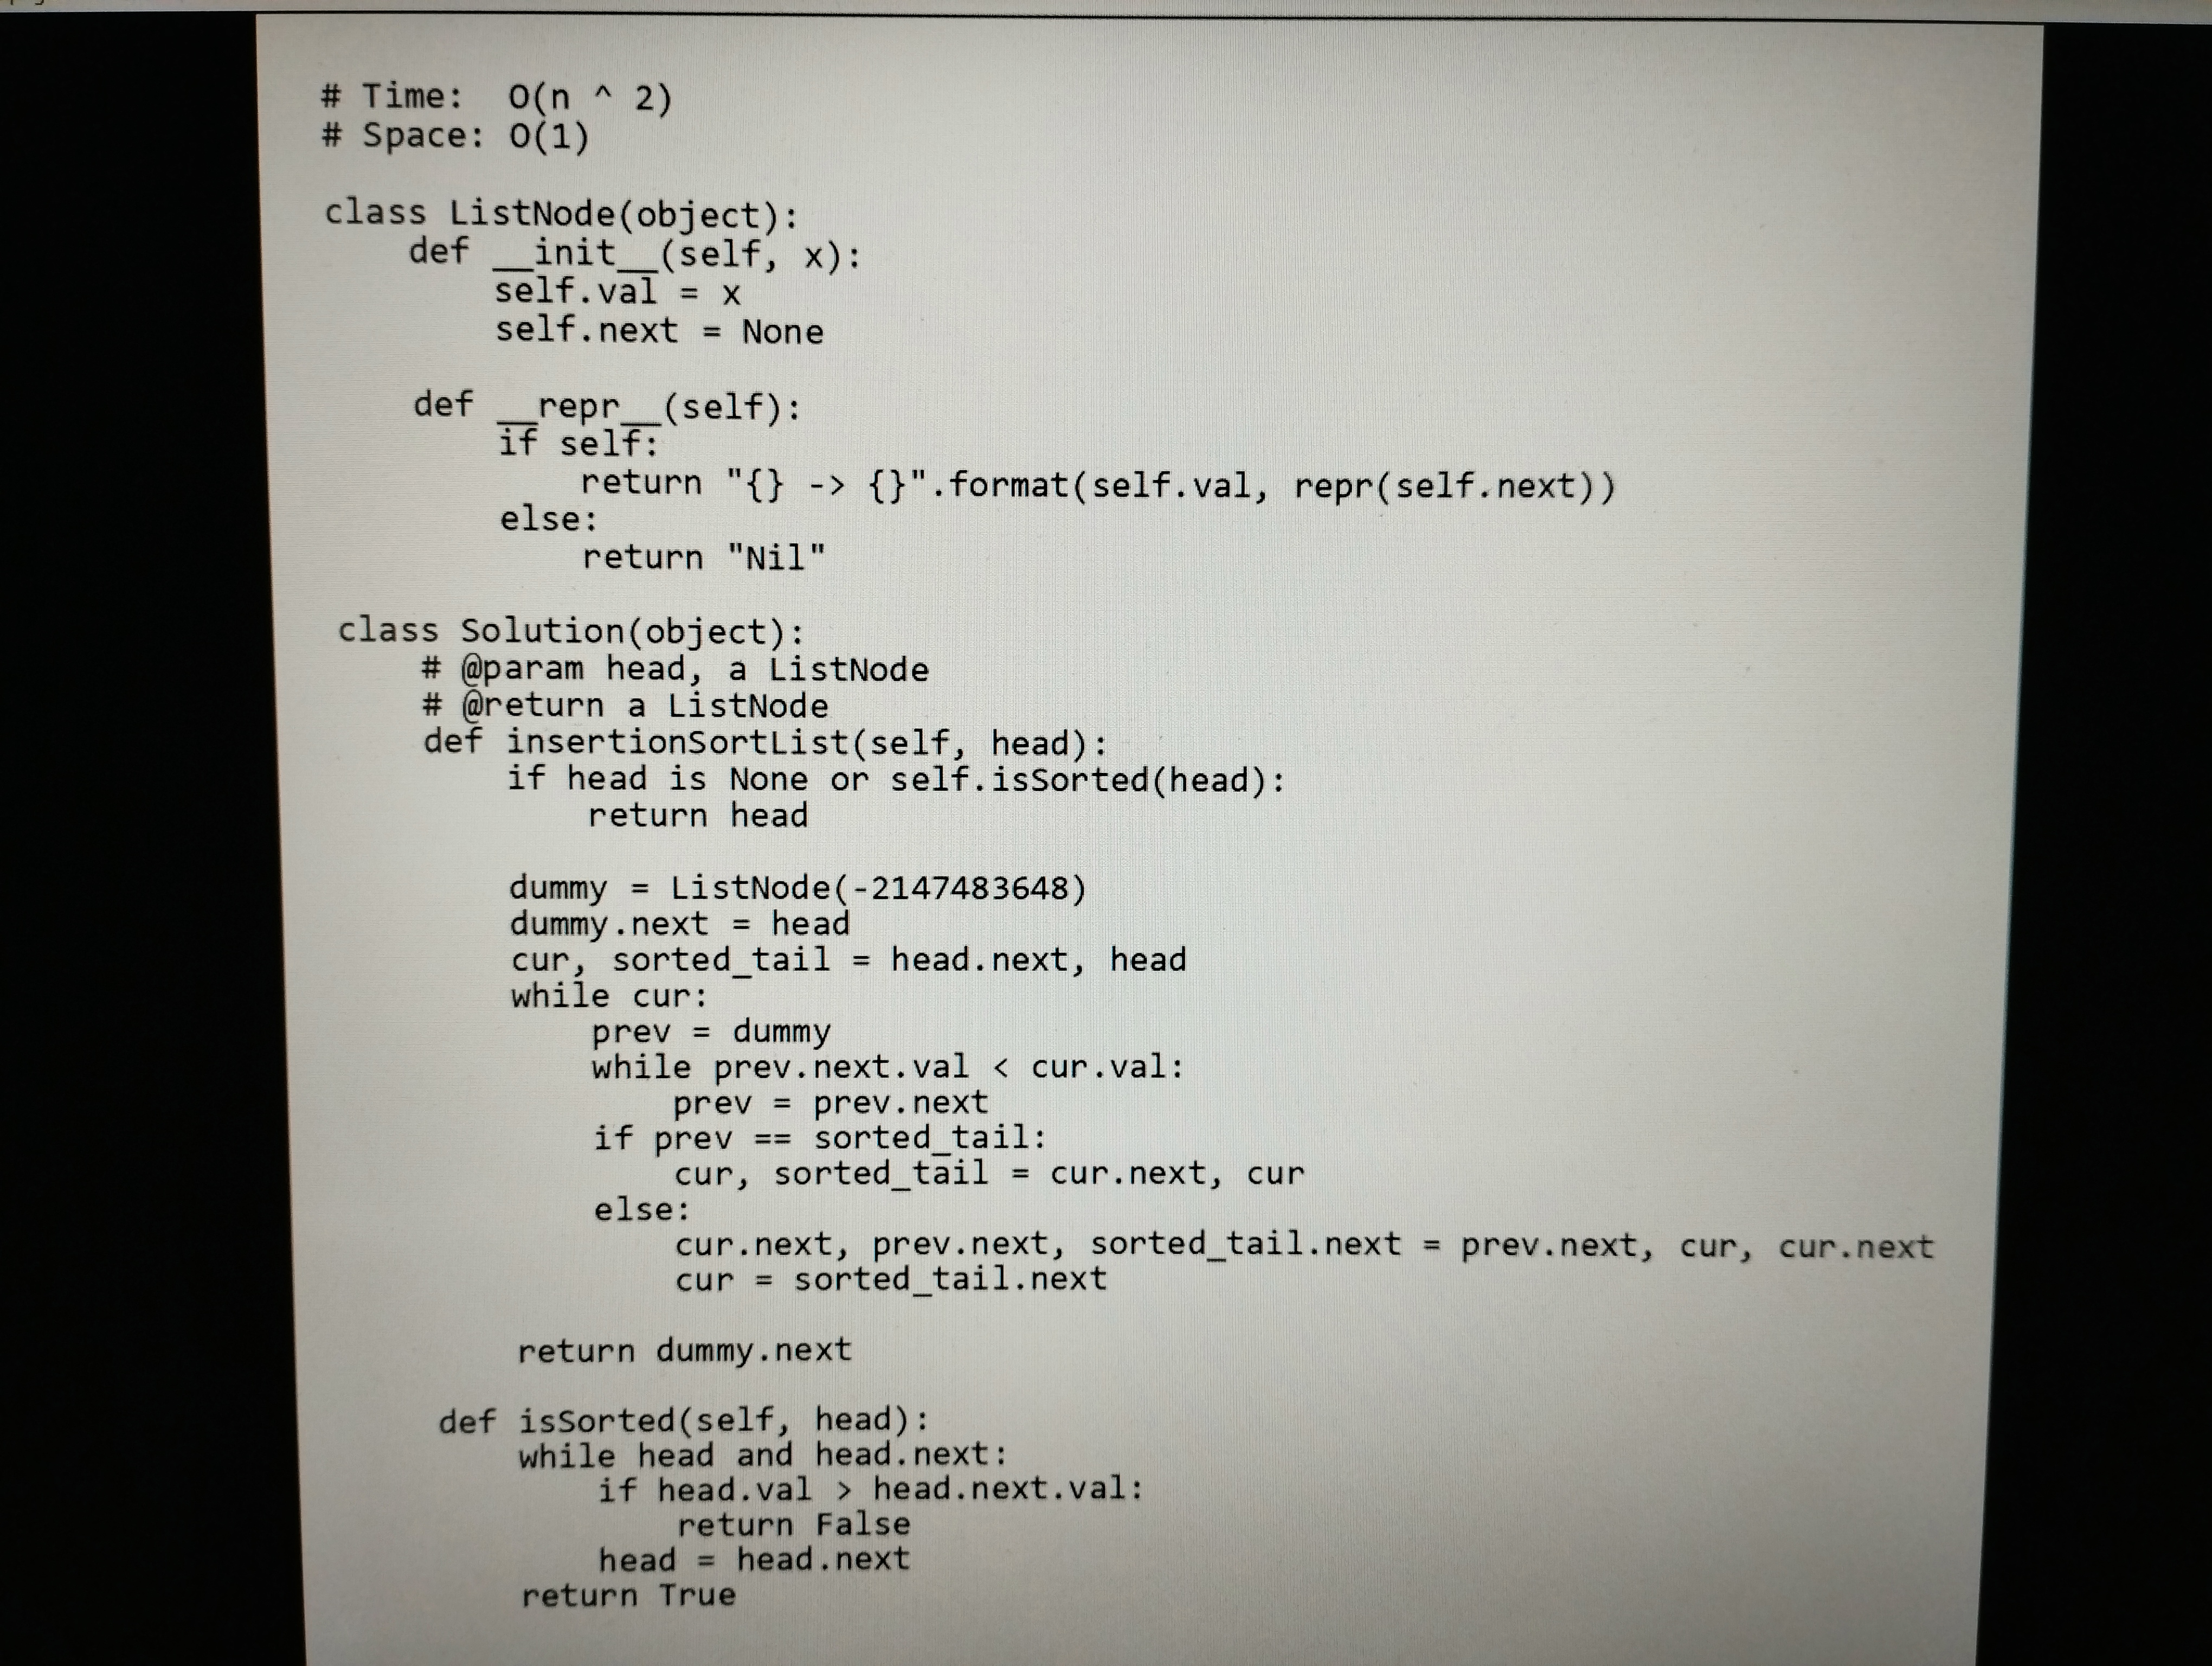
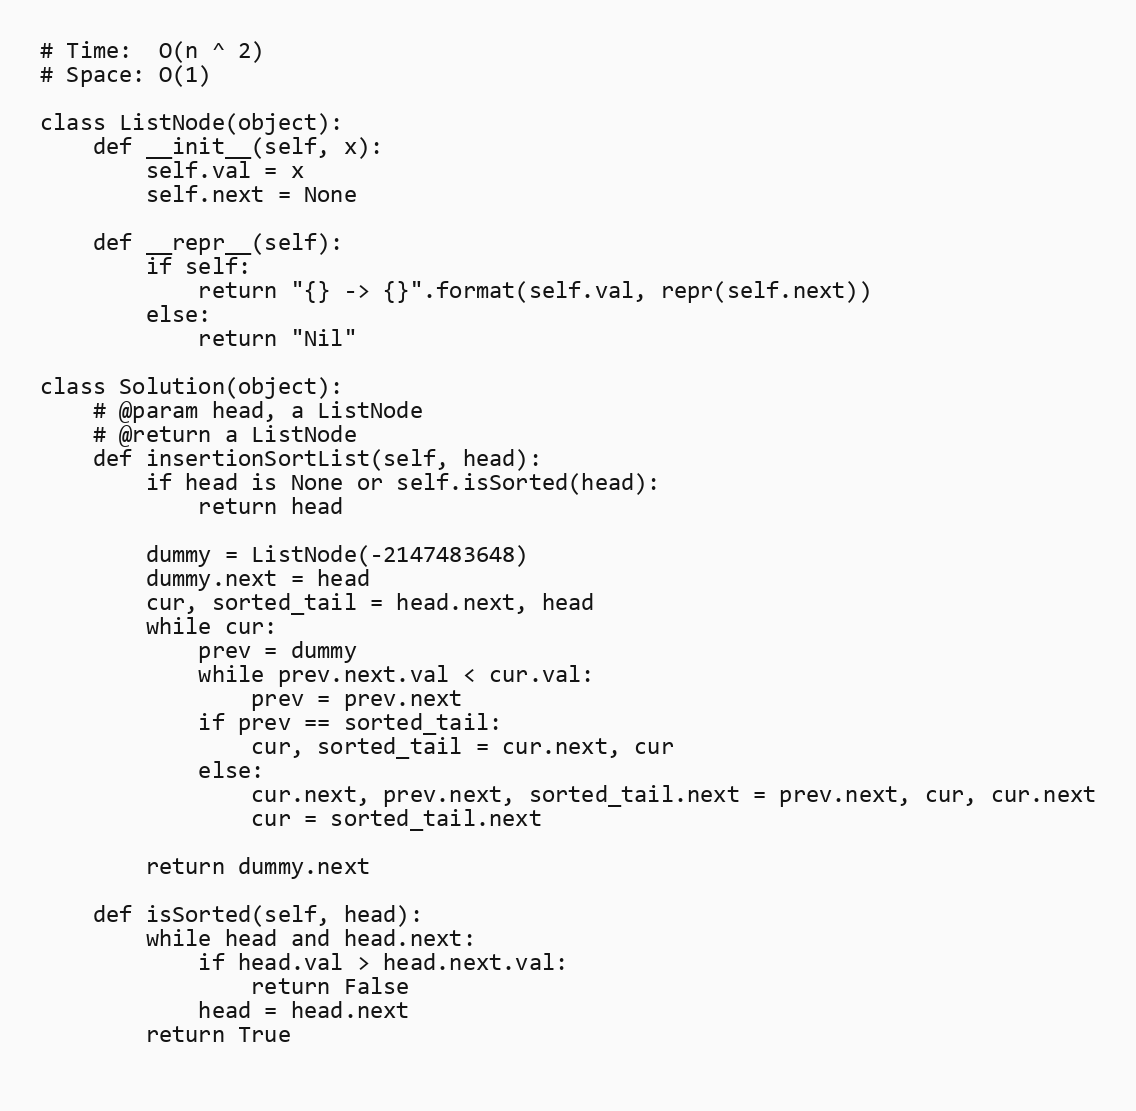
# Time:  O(n ^ 2)
# Space: O(1)

class ListNode(object):
    def __init__(self, x):
        self.val = x
        self.next = None

    def __repr__(self):
        if self:
            return "{} -> {}".format(self.val, repr(self.next))
        else:
            return "Nil"

class Solution(object):
    # @param head, a ListNode
    # @return a ListNode
    def insertionSortList(self, head):
        if head is None or self.isSorted(head):
            return head

        dummy = ListNode(-2147483648)
        dummy.next = head
        cur, sorted_tail = head.next, head
        while cur:
            prev = dummy
            while prev.next.val < cur.val:
                prev = prev.next
            if prev == sorted_tail:
                cur, sorted_tail = cur.next, cur
            else:
                cur.next, prev.next, sorted_tail.next = prev.next, cur, cur.next
                cur = sorted_tail.next

        return dummy.next

    def isSorted(self, head):
        while head and head.next:
            if head.val > head.next.val:
                return False
            head = head.next
        return True